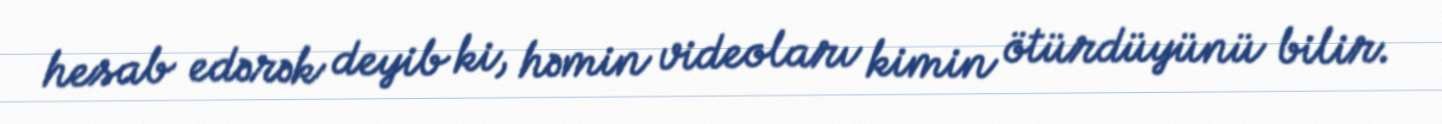
hesab edərək deyib ki, həmin videoları kimin ötürdüyünü bilir.